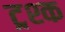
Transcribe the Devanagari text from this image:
ट्रश्क